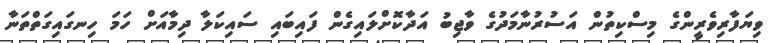
ވިޔަފާރިވެރީންގެ މިސްކިތުން އަސުރުނާމަދުގެ ވާޖިބު އަދާކޮށްލައިގެން ފައިބައި ސައިކަލާ ދިމާއަށް ހަމަ ހިނގައިގަތްތަނާ